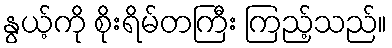
နွယ့်ကို စိုးရိမ်တကြီး ကြည့်သည်။